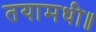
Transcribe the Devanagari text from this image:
तयामधी॥